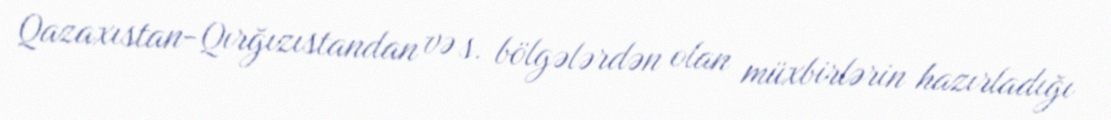
Qazaxıstan-Qırğızıstandan və s. bölgələrdən olan müxbirlərin hazırladığı